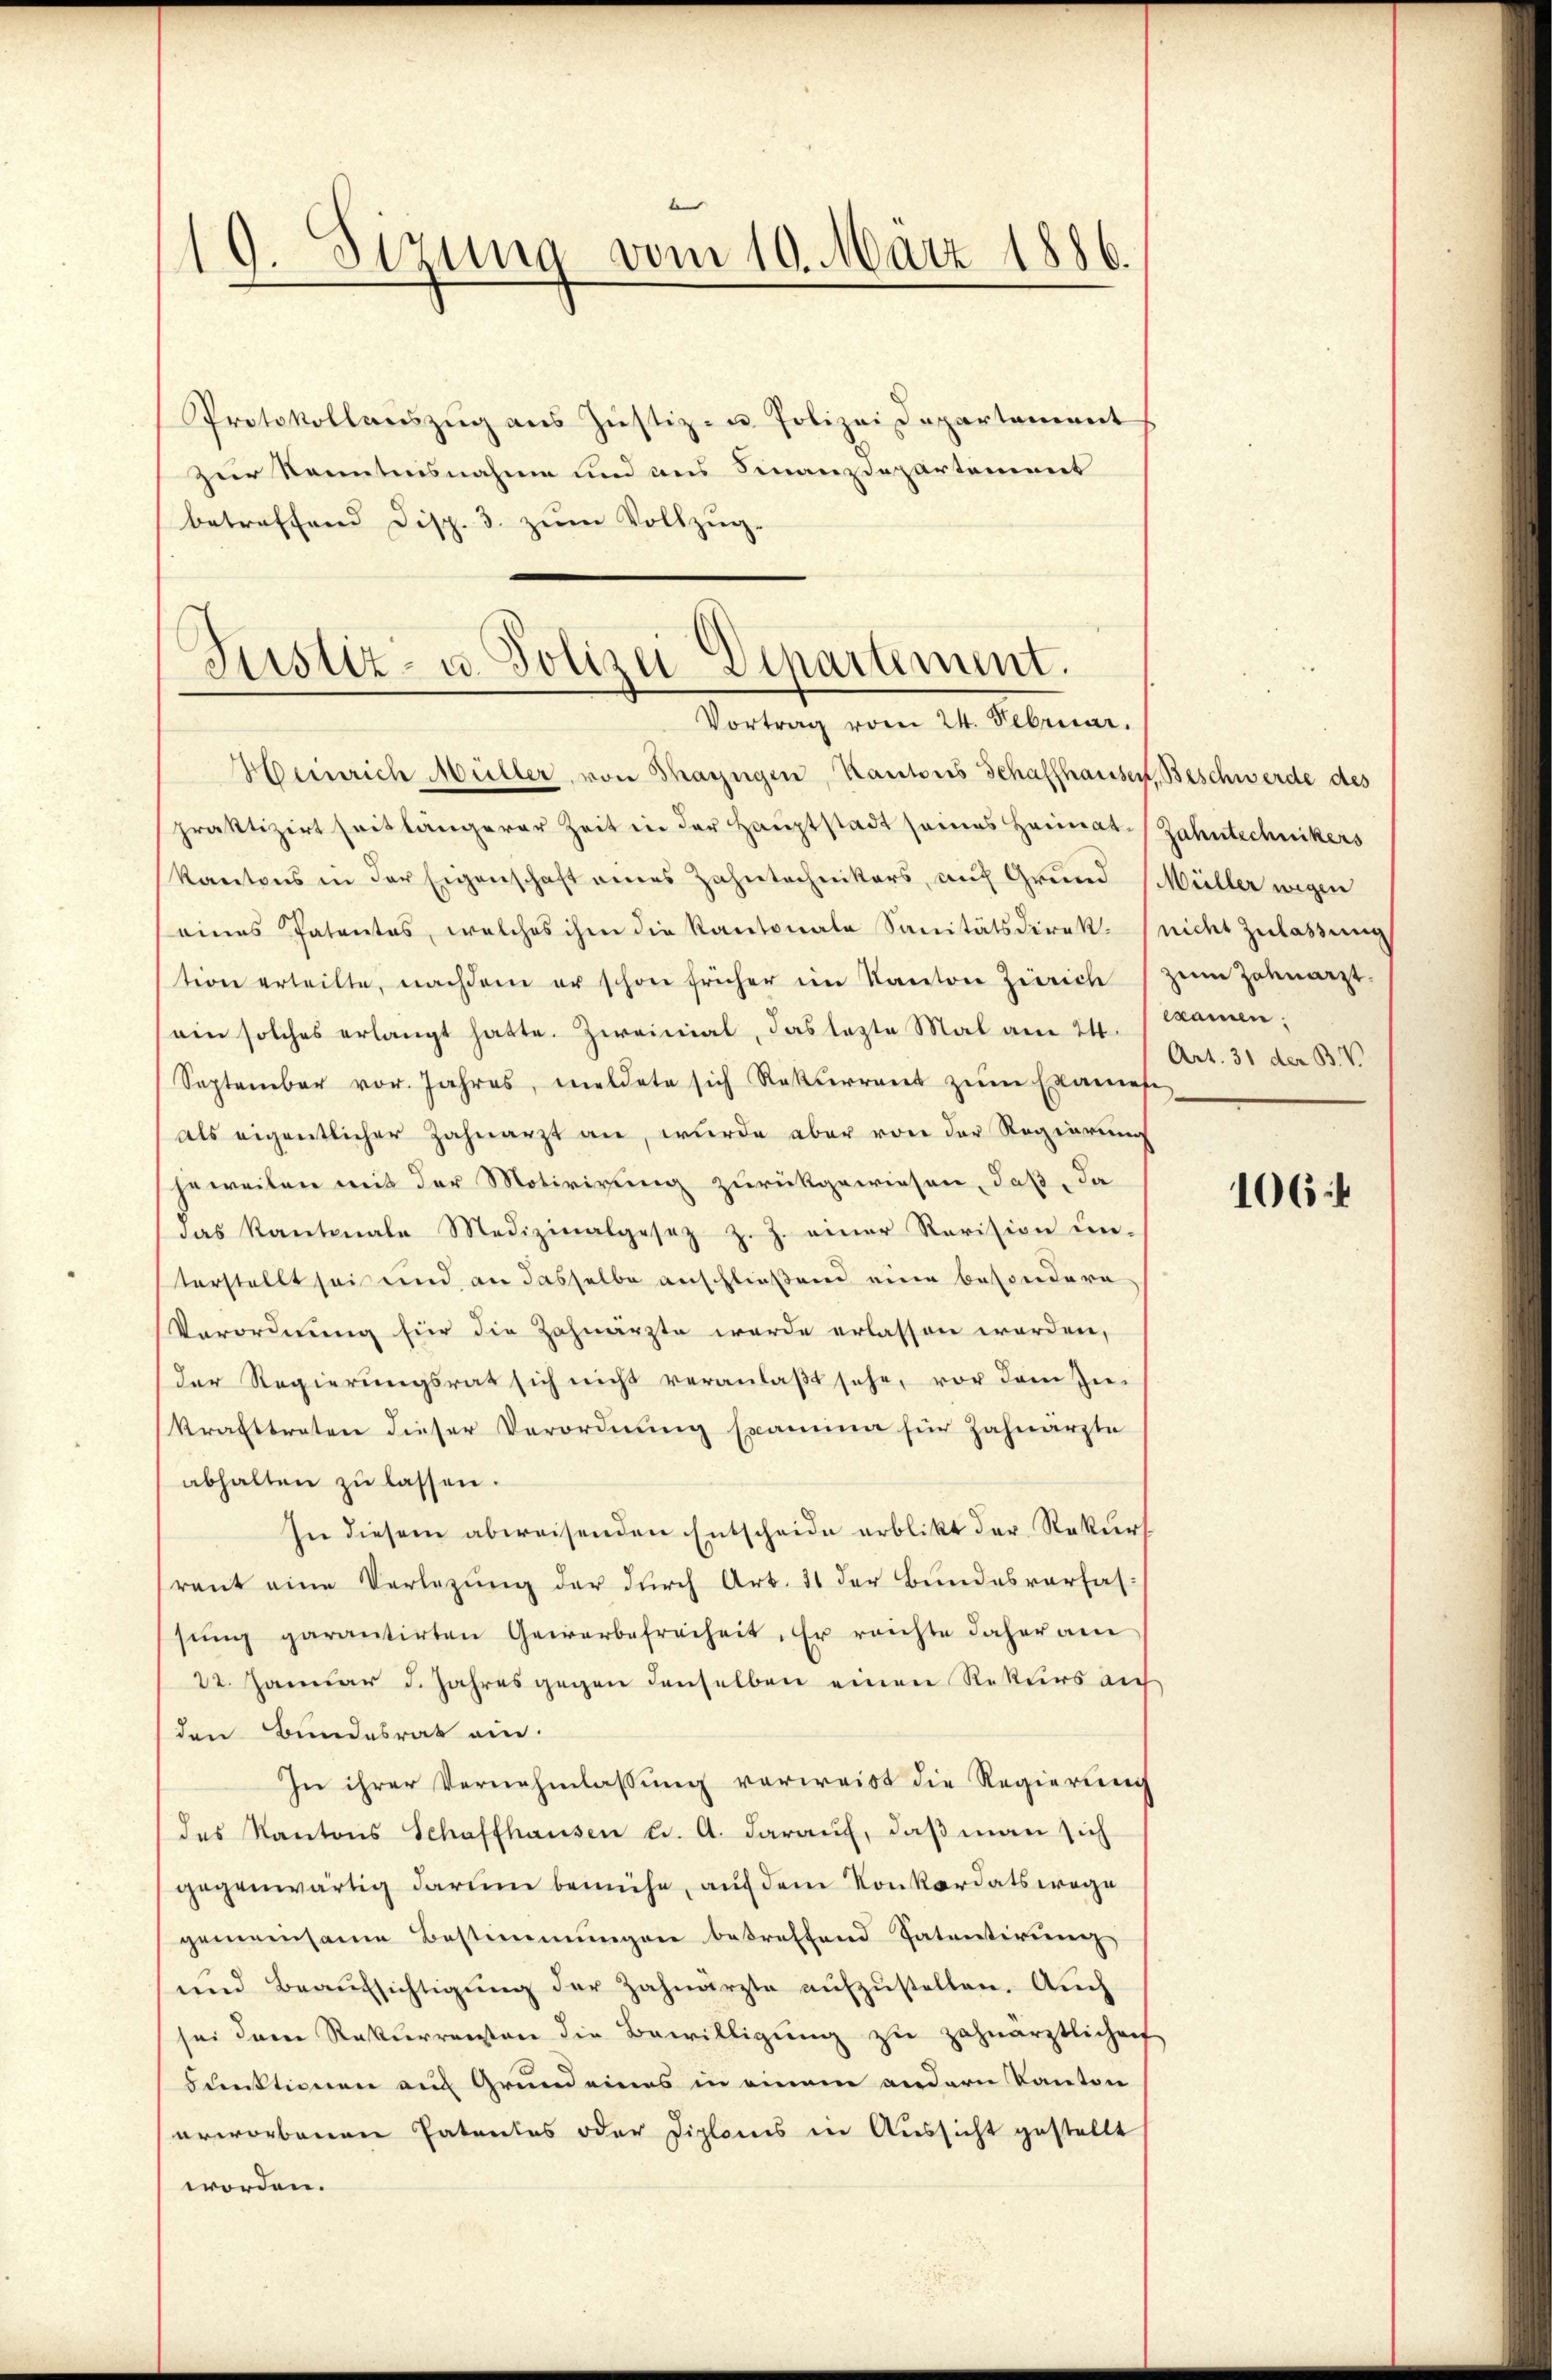
19. Sizung vom 10. März 1886.

Protokollauszug aus Justiz in Polizei Departement
zur Kenntnisnahme und ans Finanzdepartement
betreffend Disp. 3. zum Vollzug.

Justiz- u. Polizei Departement.
Vortrag vom 24. Februar.

Heinrich Müller, von Thayngen, Kantons Schaffhausen, Beschwerde des
praktizirt seit längerer Zeit in der Hauptstadt seines Heimat. Zahntechnikers
Kantons in der Eigenschaft eines Zahntechnikers, auf Grund Müller wegen
eines Patentes, welches ihm die Kantonale Sanitätsdirek- (nicht Zulassung
tion erteilte, nachdem er schon früher im Kanton Zürich zŭm Zahnarzt.
ein solches erlangt hatte. Zweimal, das lezte Mal am 24. examen;
September vor. Jahres, meldete sich Rekurrent zŭm Examete
als eigentlicher Zahnarzt an, wurde aber von der Regierung
jeweilen mit der Motivirung zurückgewiesen, daß, da
das Kantonale Medizinalgesez z. Z. einer Revision ŭn-
verstellt sei und an dasselbe anschließend eine besondere
Verordnung für die Zahnarzte werde erlassen worden,
der Regierungsrat sich nicht veranlaßt sehe, vor dem Zu-
krafttreten dieser Verordnung spamma für Zahnärzte
abhalten zu lassen.
In diesem abweisenden Entscheide erblickt der Rekurs
rant eine Verlegung der durch Art. 31 der Bundesverfas
sŭng garantirten Gewerbefreiheit. Er reichte daher am
22. Januar d. Jahres gegen denselben einen Rekurs auf
den Bundesrat ein.
In ihrer Vernehmlassung verweist die Regierung
des Kantons Schaffhausen u. A. darauf, daß man sich
gegenwärtig darum bemühe, auf dem Konkordatswege
gemeinsame Bestimmungen betreffend Patentirung
ŭnd Beaŭfsichtigŭng der Zahnarzte aŭfzŭstellen. Auch
sei dem Rakterrenten die Bewilligŭng zu zahnärztlichen
Funktionen auf Grund eines in einem andern Kanton
erworbenen Patentes oder Diplomis in Aussicht gestellt
worden.

Art. 31 der B. V.

106: